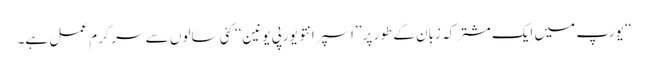
‘‘ یورپ میں ایک مشترکہ زبان کے طور پر ’’اسپرانتو یورپی یونین‘‘ کئی سالوں سے سرگرِم عمل ہے۔